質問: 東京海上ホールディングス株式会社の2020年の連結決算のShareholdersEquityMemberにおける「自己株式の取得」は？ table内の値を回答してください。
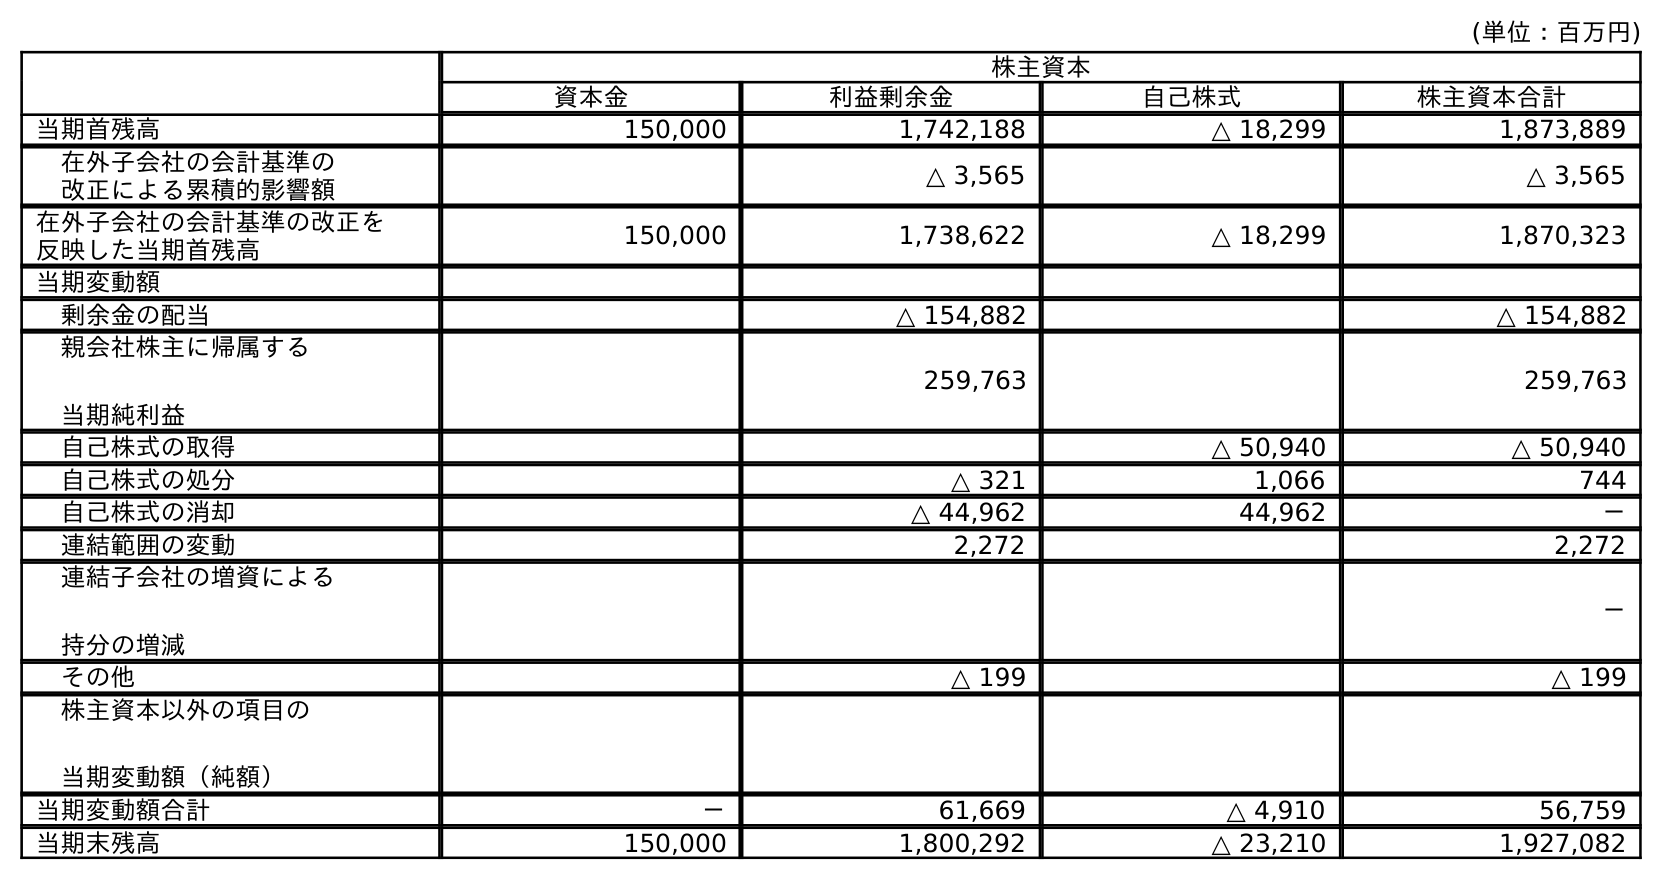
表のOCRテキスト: (単位：百万円) 株主資本 資本金 利益剰余金 自己株式 株主資本合計 当期首残高 150,000 1,742,188 △ 18,299 1,873,889 在外子会社の会計基準の 改正による累積的影響額 △ 3,565 △ 3,565 在外子会社の会計基準の改正を 反映した当期首残高 150,000 1,738,622 △ 18,299 1,870,323 当期変動額 剰余金の配当 △ 154,882 △ 154,882 親会社株主に帰属する 当期純利益 259,763 259,763 自己株式の取得 △ 50,940 △ 50,940 自己株式の処分 △ 321 1,066 744 自己株式の消却 △ 44,962 44,962 － 連結範囲の変動 2,272 2,272 連結子会社の増資による 持分の増減 － その他 △ 199 △ 199 株主資本以外の項目の 当期変動額（純額） 当期変動額合計 － 61,669 △ 4,910 56,759 当期末残高 150,000 1,800,292 △ 23,210 1,927,082
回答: △50,940